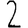
Digit: 2